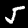
Label: 5